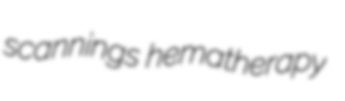
scannings hematherapy